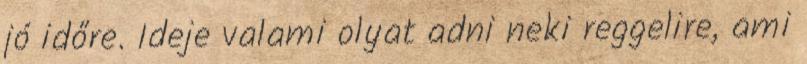
jó időre. Ideje valami olyat adni neki reggelire, ami